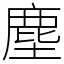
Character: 塵